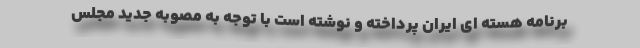
برنامه هسته ای ایران پرداخته و نوشته است با توجه به مصوبه جدید مجلس